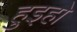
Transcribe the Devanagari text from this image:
हुइहो